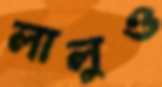
লালুও